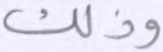
وذلك